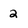
Character: 2